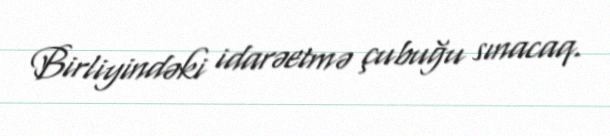
Birliyindəki idarəetmə çubuğu sınacaq.